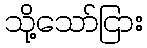
သို့သော်ငြား